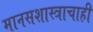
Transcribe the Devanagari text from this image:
मानसशास्त्राचाही